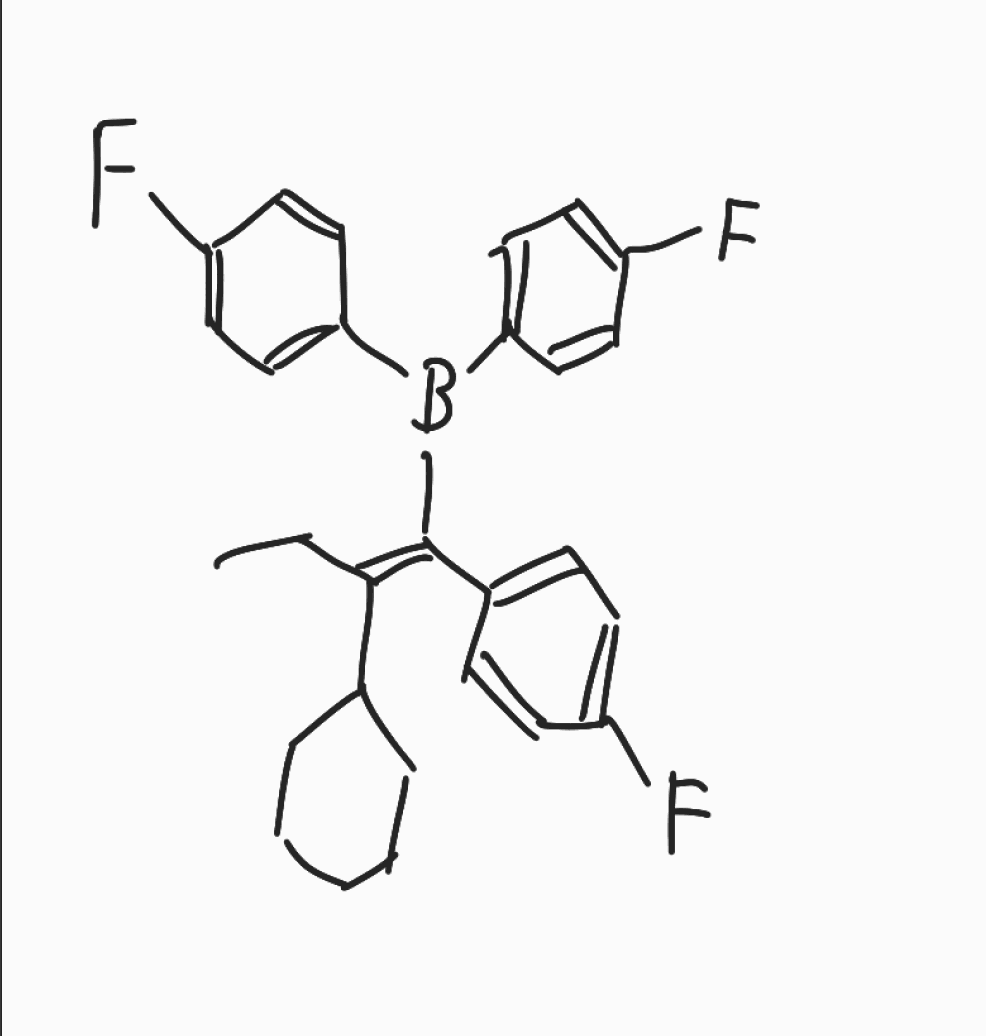
Simplified molecular-input line-entry system (SMILES) notation of the given molecule:
B(C1=CC=C(C=C1)F)(C2=CC=C(C=C2)F)/C(=C(\CC)/C3CCCCC3)/C4=CC=C(C=C4)F